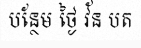
បន្ថែម ថ្ងៃ វ័ន បត